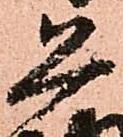
恐